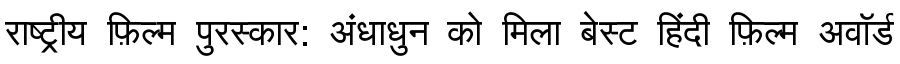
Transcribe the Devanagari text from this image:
राष्ट्रीय फ़िल्म पुरस्कार: अंधाधुन को मिला बेस्ट हिंदी फ़िल्म अवॉर्ड